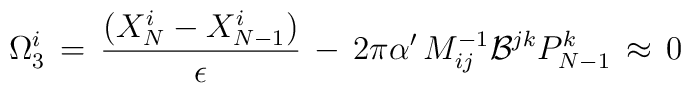
\Omega_3^i \,=\,{( X^i_N - X^i_{N-1} ) \over \epsilon } \, - \, 2 \pi \alpha^\prime\, M^{-1}_{ij}{\cal B}^{jk}  P_{N-1}^k \,\approx\,0